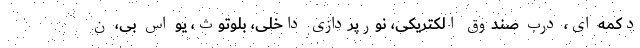
دکمه ای، درب صندوق الکتریکی، نورپردازی داخلی، بلوتوث، یو اس بی، ن